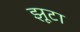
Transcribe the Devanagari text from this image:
झूटा